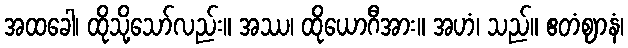
အထခေါ၊ ထိုသို့သော်လည်း။ အဿ၊ ထိုယောဂီအား။ အဟံ၊ သည်။ ဧတံဈာနံ၊